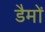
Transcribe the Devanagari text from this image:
डैमों